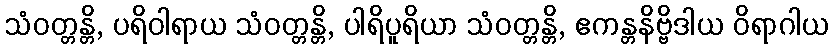
သံဝတ္တန္တိ, ပရိဝါရာယ သံဝတ္တန္တိ, ပါရိပူရိယာ သံဝတ္တန္တိ, ဧကန္တနိဗ္ဗိဒါယ ဝိရာဂါယ